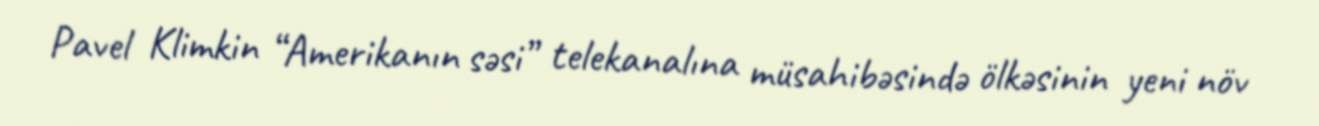
Pavel Klimkin “Amerikanın səsi” telekanalına müsahibəsində ölkəsinin yeni növ